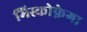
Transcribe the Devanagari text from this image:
मिस्कोफ़ेगा